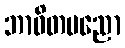
ဘာဝိတပညော